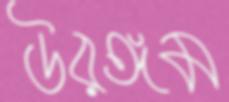
উরঙ্গম